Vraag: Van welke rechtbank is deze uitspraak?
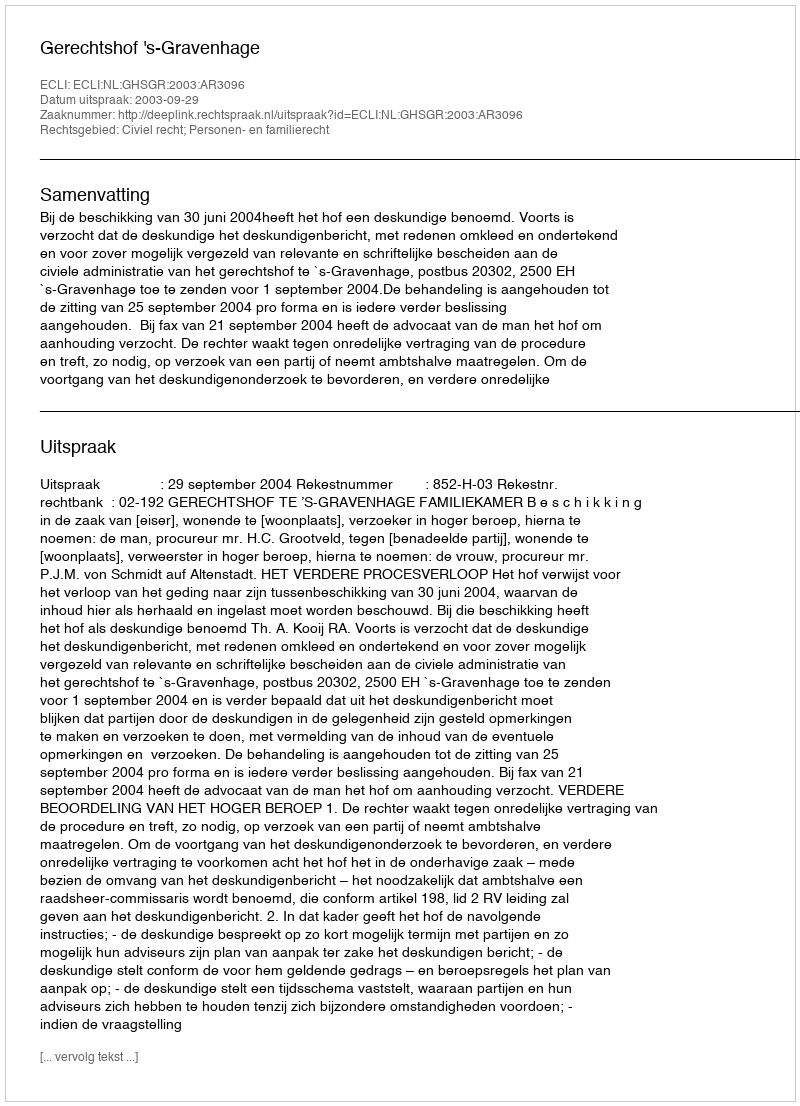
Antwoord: Gerechtshof 's-Gravenhage